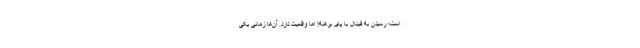
است؛ رسیدن به فینال با پای برهنه! اما واقعیت دارد. آن‌ها زمانی یکی